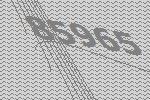
85965